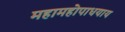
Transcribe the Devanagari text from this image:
महामहोपाधयाय